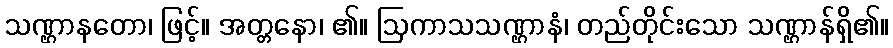
သဏ္ဌာနတော၊ ဖြင့်။ အတ္တနော၊ ၏။ ဩကာသသဏ္ဌာနံ၊ တည်တိုင်းသော သဏ္ဌာန်ရှိ၏။